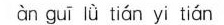
àn guī lǜ tián yi tián